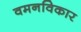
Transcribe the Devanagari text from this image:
वमनविकार